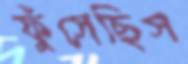
ফুঁসেছিস